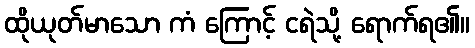
ထိုယုတ်မာသော ကံ ကြောင့် ငရဲသို့ ရောက်ရ၏။